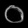
Digit: ၀